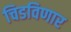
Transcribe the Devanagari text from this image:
चिडविणार